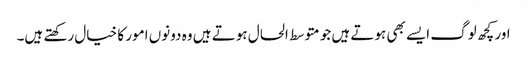
اور کچھ لوگ ایسے بھی ہوتے ہیں جو متوسط الحال ہوتے ہیں وہ دونوں امور کا خیال رکھتے ہیں۔